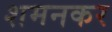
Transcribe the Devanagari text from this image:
शमनकर